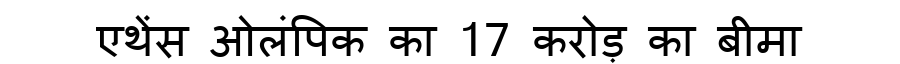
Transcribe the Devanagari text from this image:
एथेंस ओलंपिक का 17 करोड़ का बीमा